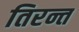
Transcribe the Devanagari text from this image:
तिरन्त